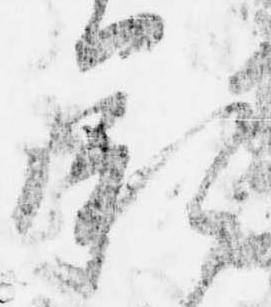
承